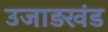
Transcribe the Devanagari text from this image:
उजाड़खंड